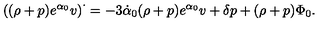
\left( ( \rho + p ) e ^ { \alpha _ { 0 } } v \right) ^ { \cdot } = - 3 \dot { \alpha } _ { 0 } ( \rho + p ) e ^ { \alpha _ { 0 } } v + \delta p + ( \rho + p ) \Phi _ { 0 } .